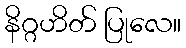
နိဂ္ဂဟိတ် ပြုလေ။